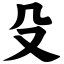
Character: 殳